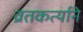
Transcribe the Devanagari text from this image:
व्रतकर्त्याने